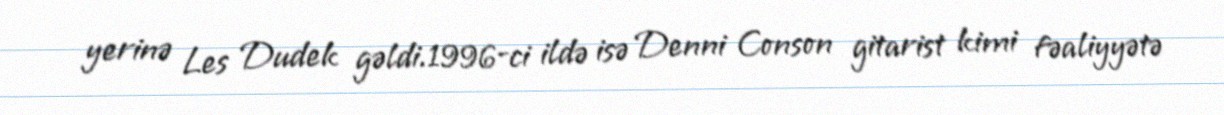
yerinə Les Dudek gəldi.1996-ci ildə isə Denni Conson gitarist kimi fəaliyyətə